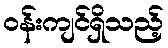
ဝန်းကျင်ရှိသည့်